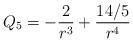
LaTeX: \begin{align*}Q_5=-\frac{2}{ r^3}+\frac{14/5}{ r^4}\end{align*}